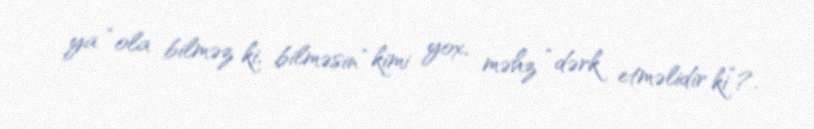
ya “ola bilməz ki, bilməsin” kimi yox, məhz “dərk etməlidir ki”?.